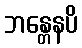
ဘန္တေနပိ